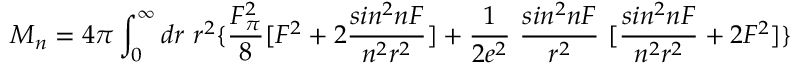
M _ { n } = 4 \pi \int _ { 0 } ^ { \infty } d r ~ r ^ { 2 } \{ \frac { F _ { \pi } ^ { 2 } } { 8 } [ F ^ { 2 } + 2 \frac { s i n ^ { 2 } n F } { n ^ { 2 } r ^ { 2 } } ] + \frac { 1 } { 2 e ^ { 2 } } ~ \frac { s i n ^ { 2 } n F } { r ^ { 2 } } ~ [ \frac { s i n ^ { 2 } n F } { n ^ { 2 } r ^ { 2 } } + 2 F ^ { 2 } ] \}